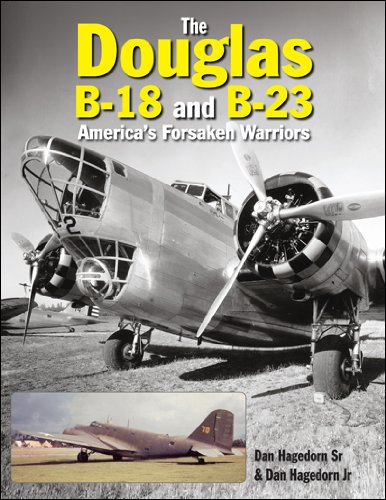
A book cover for The Douglas B-18 and B-23: America's Forsaken Warriors (Crecy Publishing); Dan Hagedorn  Sr.; History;